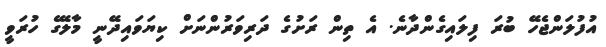
އުފުލަންޖެހޭ ބުރަ ފިލައިގެންދާނެ. އެ ތިން ރަށުގެ ދަރިވަރުންނަށް ކިޔަވައިދޭނީ މާލޭގެ ހުރަވީ